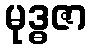
မုဒ္ဓဇာ